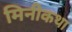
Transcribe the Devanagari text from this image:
मिनीकथा